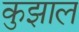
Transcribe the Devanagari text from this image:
कुझाल